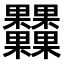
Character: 𣡾